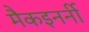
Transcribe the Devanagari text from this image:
मैकइनर्नी